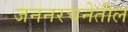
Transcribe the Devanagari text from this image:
जननरचनेतील